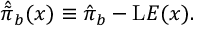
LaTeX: \hat { \tilde { \pi } } _ { b } ( x ) \equiv \hat { \pi } _ { b } - \mathrm { L } { \cal E } ( x ) .